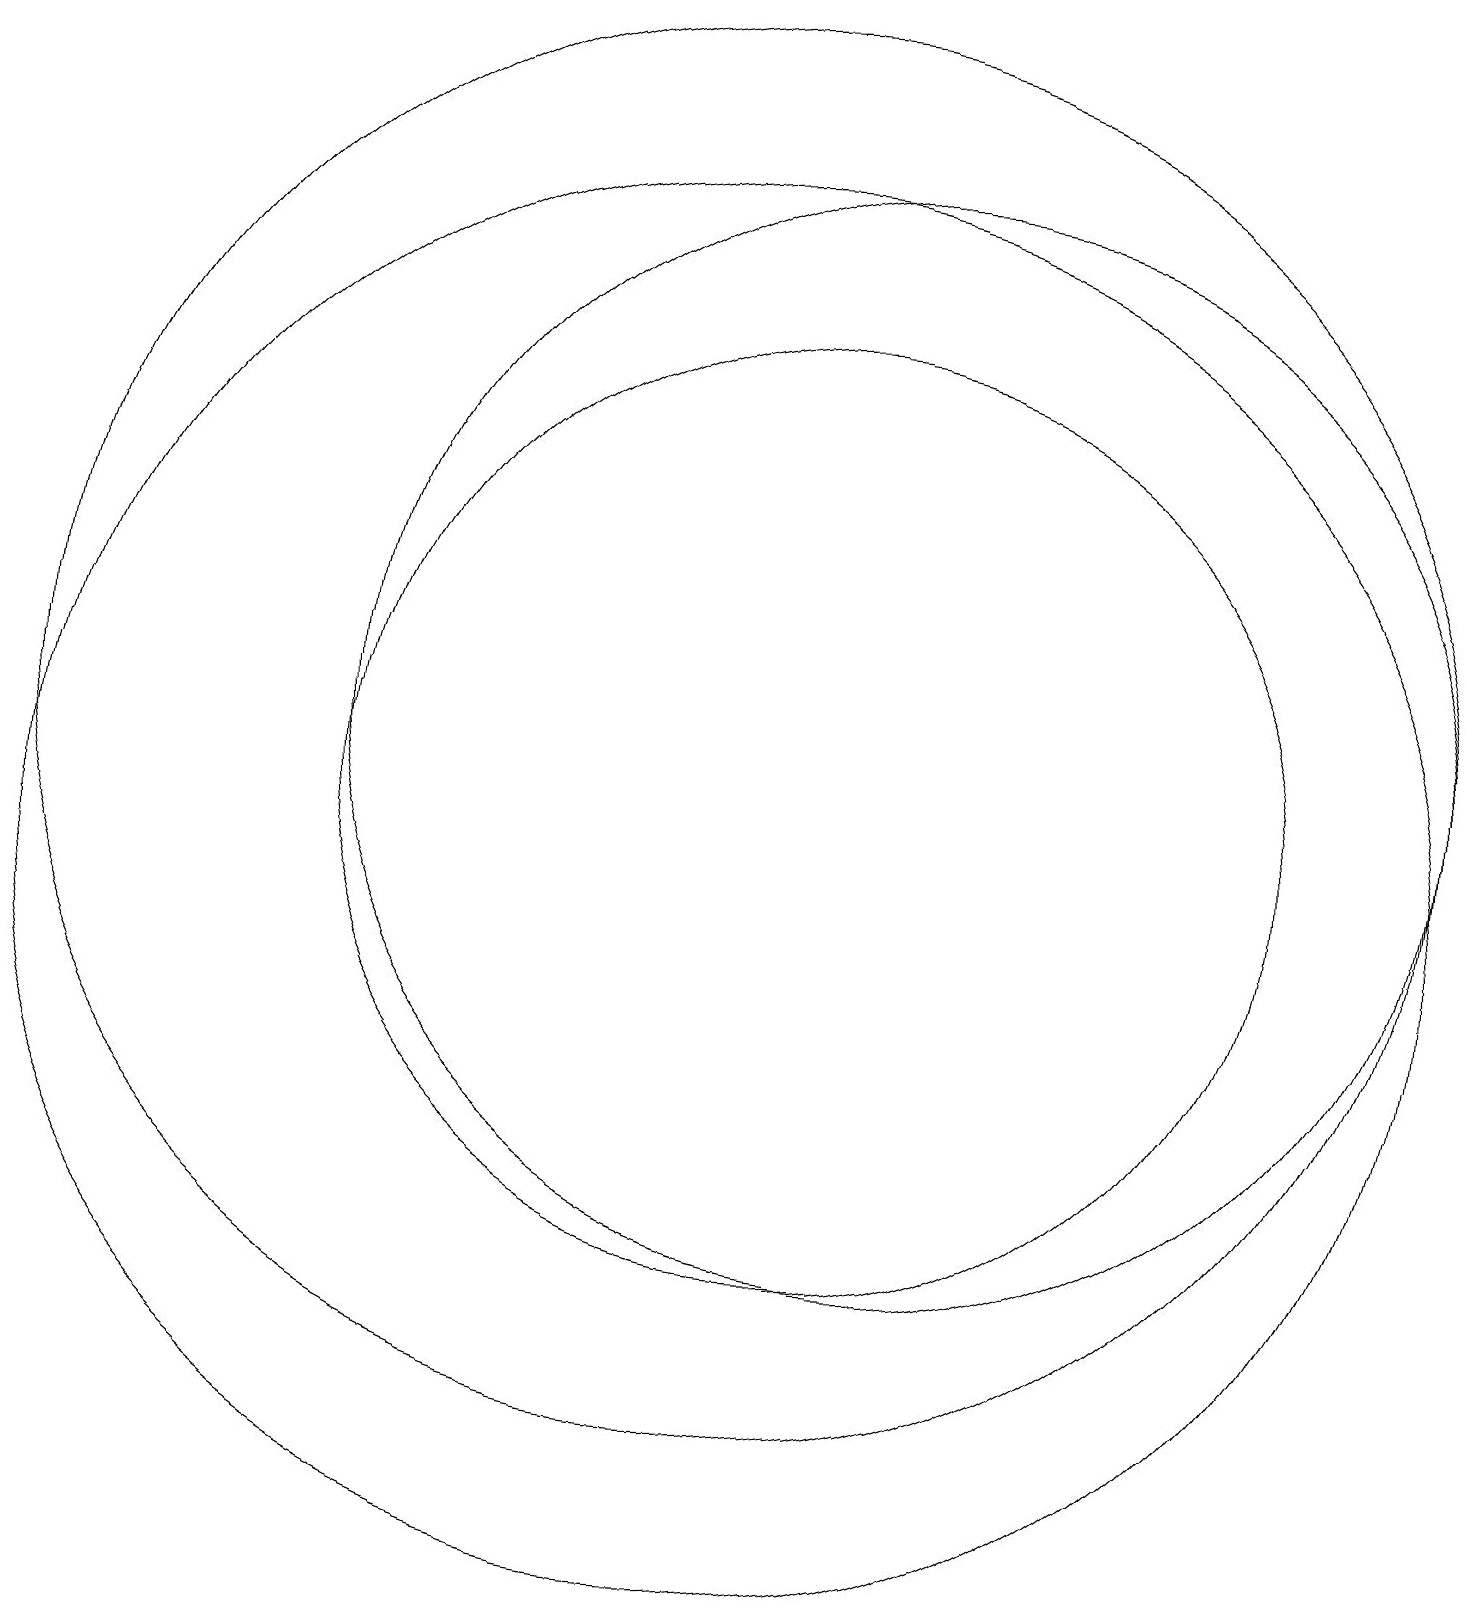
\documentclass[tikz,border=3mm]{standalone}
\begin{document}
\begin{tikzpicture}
\draw (11,11) circle (6);
\draw (12,12) circle (7);
\draw (10,10) circle (9);
\draw (10,12) circle (9);
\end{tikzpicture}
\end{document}